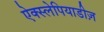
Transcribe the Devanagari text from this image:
ऐक्स्लेपियाडीज़